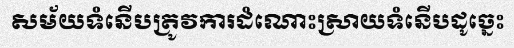
សម័យទំនើបត្រូវការដំណោះស្រាយទំនើបដូច្នេះ